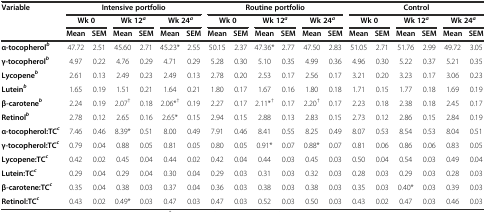
<table><thead><tr><td><b>Variable</b></td><td colspan="6"><b>Intensive portfolio</b></td><td colspan="6"><b>Routine portfolio</b></td><td colspan="6"><b>Control</b></td></tr><tr><td></td><td colspan="2"><b>Wk 0</b></td><td colspan="2"><b>Wk 12<sup><i>a</i></sup></b></td><td colspan="2"><b>Wk 24<sup><i>a</i></sup></b></td><td colspan="2"><b>Wk 0</b></td><td colspan="2"><b>Wk 12<sup><i>a</i></sup></b></td><td colspan="2"><b>Wk 24<sup><i>a</i></sup></b></td><td colspan="2"><b>Wk 0</b></td><td colspan="2"><b>Wk 12<sup><i>a</i></sup></b></td><td colspan="2"><b>Wk 24<sup><i>a</i></sup></b></td></tr><tr><td></td><td><b>Mean</b></td><td><b>SEM</b></td><td><b>Mean</b></td><td><b>SEM</b></td><td><b>Mean</b></td><td><b>SEM</b></td><td><b>Mean</b></td><td><b>SEM</b></td><td><b>Mean</b></td><td><b>SEM</b></td><td><b>Mean</b></td><td><b>SEM</b></td><td><b>Mean</b></td><td><b>SEM</b></td><td><b>Mean</b></td><td><b>SEM</b></td><td><b>Mean</b></td><td><b>SEM</b></td></tr></thead><tbody><tr><td><b>α-tocopherol</b><sup><b><i>b</i></b></sup></td><td>47.72</td><td>2.51</td><td>45.60</td><td>2.71</td><td>45.23*</td><td>2.55</td><td>50.15</td><td>2.37</td><td>47.36*</td><td>2.77</td><td>47.50</td><td>2.83</td><td>51.05</td><td>2.71</td><td>51.76</td><td>2.99</td><td>49.72</td><td>3.05</td></tr><tr><td><b>γ-tocopherol</b><sup><b><i>b</i></b></sup></td><td>4.97</td><td>0.22</td><td>4.76</td><td>0.29</td><td>4.71</td><td>0.29</td><td>5.28</td><td>0.30</td><td>5.10</td><td>0.35</td><td>4.99</td><td>0.36</td><td>4.96</td><td>0.30</td><td>5.22</td><td>0.37</td><td>5.21</td><td>0.35</td></tr><tr><td><b>Lycopene</b><sup><b><i>b</i></b></sup></td><td>2.61</td><td>0.13</td><td>2.49</td><td>0.23</td><td>2.49</td><td>0.13</td><td>2.78</td><td>0.20</td><td>2.53</td><td>0.17</td><td>2.56</td><td>0.17</td><td>3.21</td><td>0.20</td><td>3.23</td><td>0.17</td><td>3.06</td><td>0.23</td></tr><tr><td><b>Lutein</b><sup><b><i>b</i></b></sup></td><td>1.65</td><td>0.19</td><td>1.51</td><td>0.21</td><td>1.64</td><td>0.21</td><td>1.80</td><td>0.17</td><td>1.67</td><td>0.16</td><td>1.80</td><td>0.18</td><td>1.71</td><td>0.15</td><td>1.77</td><td>0.18</td><td>1.69</td><td>0.19</td></tr><tr><td><b>β-carotene</b><sup><b><i>b</i></b></sup></td><td>2.24</td><td>0.19</td><td>2.07<sup>†</sup></td><td>0.18</td><td>2.06*<sup>†</sup></td><td>0.19</td><td>2.27</td><td>0.17</td><td>2.11*<sup>†</sup></td><td>0.17</td><td>2.20<sup>†</sup></td><td>0.17</td><td>2.23</td><td>0.18</td><td>2.38</td><td>0.18</td><td>2.45</td><td>0.17</td></tr><tr><td><b>Retinol</b><sup><b><i>b</i></b></sup></td><td>2.78</td><td>0.12</td><td>2.65</td><td>0.16</td><td>2.65*</td><td>0.15</td><td>2.94</td><td>0.15</td><td>2.88</td><td>0.13</td><td>2.83</td><td>0.15</td><td>2.73</td><td>0.12</td><td>2.86</td><td>0.15</td><td>2.84</td><td>0.19</td></tr><tr><td><b>α-tocopherol:TC</b><sup><b><i>c</i></b></sup></td><td>7.46</td><td>0.46</td><td>8.39*</td><td>0.51</td><td>8.00</td><td>0.49</td><td>7.91</td><td>0.46</td><td>8.41</td><td>0.55</td><td>8.25</td><td>0.49</td><td>8.07</td><td>0.53</td><td>8.54</td><td>0.53</td><td>8.04</td><td>0.51</td></tr><tr><td><b>γ-tocopherol:TC</b><sup><b><i>c</i></b></sup></td><td>0.79</td><td>0.04</td><td>0.88</td><td>0.05</td><td>0.81</td><td>0.05</td><td>0.80</td><td>0.05</td><td>0.91*</td><td>0.07</td><td>0.88*</td><td>0.07</td><td>0.81</td><td>0.06</td><td>0.86</td><td>0.06</td><td>0.83</td><td>0.05</td></tr><tr><td><b>Lycopene:TC</b><sup><b><i>c</i></b></sup></td><td>0.42</td><td>0.02</td><td>0.45</td><td>0.04</td><td>0.44</td><td>0.02</td><td>0.42</td><td>0.04</td><td>0.44</td><td>0.03</td><td>0.45</td><td>0.03</td><td>0.50</td><td>0.04</td><td>0.54</td><td>0.03</td><td>0.49</td><td>0.04</td></tr><tr><td><b>Lutein:TC</b><sup><b><i>c</i></b></sup></td><td>0.29</td><td>0.04</td><td>0.29</td><td>0.04</td><td>0.30</td><td>0.04</td><td>0.29</td><td>0.03</td><td>0.31</td><td>0.03</td><td>0.32</td><td>0.03</td><td>0.28</td><td>0.03</td><td>0.29</td><td>0.03</td><td>0.28</td><td>0.03</td></tr><tr><td><b>β-carotene:TC</b><sup><b><i>c</i></b></sup></td><td>0.35</td><td>0.04</td><td>0.38</td><td>0.03</td><td>0.37</td><td>0.04</td><td>0.36</td><td>0.03</td><td>0.38</td><td>0.03</td><td>0.38</td><td>0.03</td><td>0.35</td><td>0.03</td><td>0.40*</td><td>0.03</td><td>0.39</td><td>0.03</td></tr><tr><td><b>Retinol:TC</b><sup><b><i>c</i></b></sup></td><td>0.43</td><td>0.02</td><td>0.49*</td><td>0.03</td><td>0.47</td><td>0.03</td><td>0.47</td><td>0.03</td><td>0.52</td><td>0.03</td><td>0.50</td><td>0.03</td><td>0.43</td><td>0.02</td><td>0.47</td><td>0.03</td><td>0.46</td><td>0.03</td></tr></tbody></table>